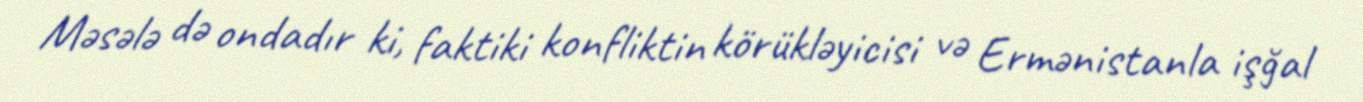
Məsələ də ondadır ki, faktiki konfliktin körükləyicisi və Ermənistanla işğal